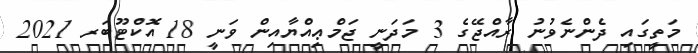
މަތީގައި ދެންނެވުނު ރާއްޖޭގެ 3 މަދަނީ ޖަމްޢިއްޔާއިން ވަނީ 18 އޮކްޓޫބަރ 2021